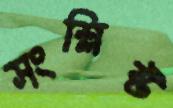
সংশ্লিষ্ট